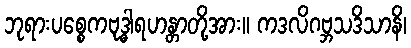
ဘုရားပစ္စေကဗုဒ္ဓါရဟန္တာတို့အား။ ကဒလိဂဗ္ဘသဒိသာနိ၊